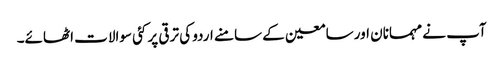
آپ نے مہمانان اور سامعین کے سامنے اردو کی ترقی پر کئی سوالات اٹھائے۔